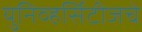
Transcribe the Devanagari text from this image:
युनिव्हर्सिटीजचे